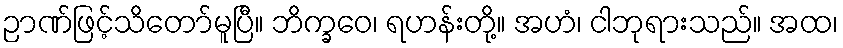
ဉာဏ်ဖြင့်သိတော်မူပြီ။ ဘိက္ခဝေ၊ ရဟန်းတို့။ အဟံ၊ ငါဘုရားသည်။ အထ၊